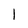
Character: l